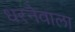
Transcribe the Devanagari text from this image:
धरनेवाला